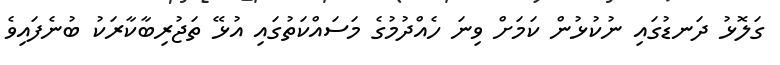
ގަލޮޅު ދަނޑުގައި ނުކުޅުން ކަމަށް ވިނަ ހެއްދުމުގެ މަސައްކަތުގައި އުޅޭ ތަޖުރިބާކާރަކު ބުނެފައިވެ